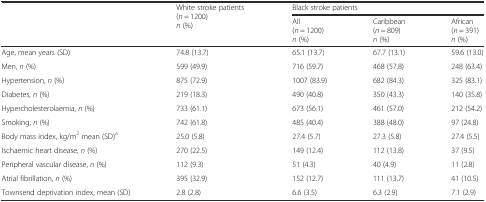
<table><thead><tr><td rowspan="2"></td><td rowspan="2"><b>White stroke patients(<i>n</i> = 1200)<i>n</i> (%)</b></td><td colspan="3"><b>Black stroke patients</b></td></tr><tr><td><b>All(<i>n</i> = 1200)<i>n</i> (%)</b></td><td><b>Caribbean(<i>n</i> = 809)<i>n</i> (%)</b></td><td><b>African(<i>n</i> = 391)<i>n</i> (%)</b></td></tr></thead><tbody><tr><td>Age, mean years (SD)</td><td>74.8 (13.7)</td><td>65.1 (13.7)</td><td>67.7 (13.1)</td><td>59.6 (13.0)</td></tr><tr><td>Men, <i>n</i> (%)</td><td>599 (49.9)</td><td>716 (59.7)</td><td>468 (57.8)</td><td>248 (63.4)</td></tr><tr><td>Hypertension, <i>n</i> (%)</td><td>875 (72.9)</td><td>1007 (83.9)</td><td>682 (84.3)</td><td>325 (83.1)</td></tr><tr><td>Diabetes, <i>n</i> (%)</td><td>219 (18.3)</td><td>490 (40.8)</td><td>350 (43.3)</td><td>140 (35.8)</td></tr><tr><td>Hypercholesterolaemia, <i>n</i> (%)</td><td>733 (61.1)</td><td>673 (56.1)</td><td>461 (57.0)</td><td>212 (54.2)</td></tr><tr><td>Smoking, <i>n</i> (%)</td><td>742 (61.8)</td><td>485 (40.4)</td><td>388 (48.0)</td><td>97 (24.8)</td></tr><tr><td>Body mass index, kg/m<sup>2</sup> mean (SD)<sup>a</sup></td><td>25.0 (5.8)</td><td>27.4 (5.7)</td><td>27.3 (5.8)</td><td>27.4 (5.5)</td></tr><tr><td>Ischaemic heart disease, <i>n</i> (%)</td><td>270 (22.5)</td><td>149 (12.4)</td><td>112 (13.8)</td><td>37 (9.5)</td></tr><tr><td>Peripheral vascular disease, <i>n</i> (%)</td><td>112 (9.3)</td><td>51 (4.3)</td><td>40 (4.9)</td><td>11 (2.8)</td></tr><tr><td>Atrial fibrillation, <i>n</i> (%)</td><td>395 (32.9)</td><td>152 (12.7)</td><td>111 (13.7)</td><td>41 (10.5)</td></tr><tr><td>Townsend deprivation index, mean (SD)</td><td>2.8 (2.8)</td><td>6.6 (3.5)</td><td>6.3 (2.9)</td><td>7.1 (2.9)</td></tr></tbody></table>